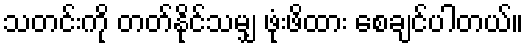
သတင်းကို တတ်နိုင်သမျှ ဖုံးဖိထား စေချင်ပါတယ်။